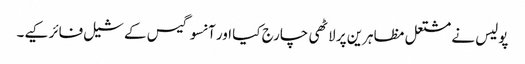
پولیس نے مشتعل مظاہرین پر لاٹھی چارج کیا اور آنسو گیس کے شیل فائر کیے۔